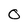
Character: O